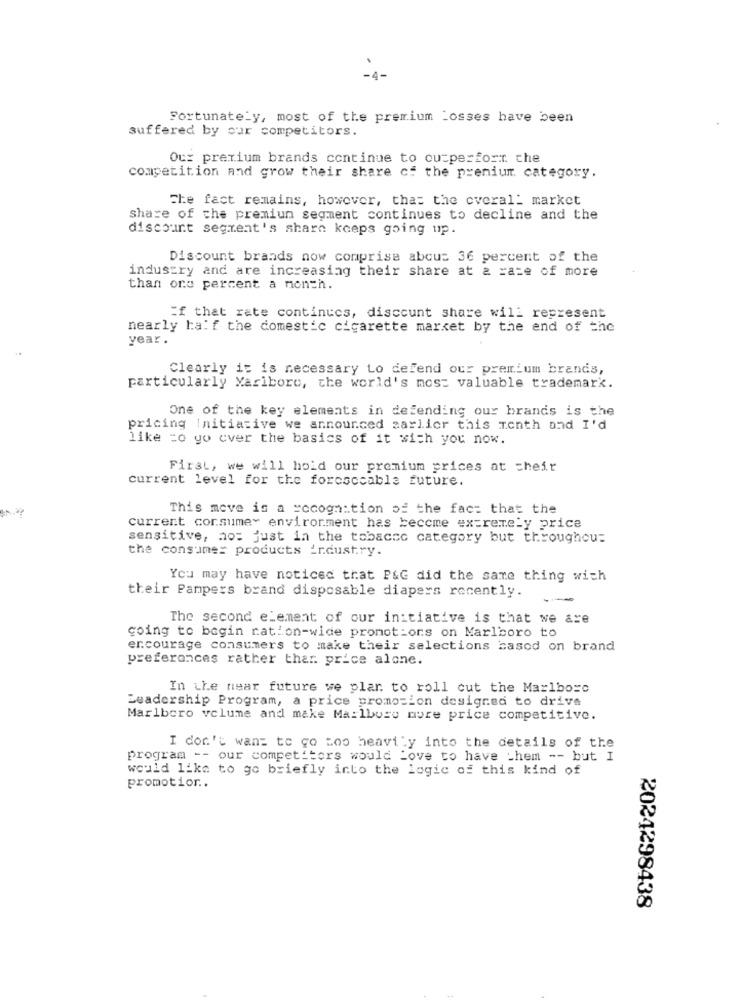
Fortunately, most of the premium Losses have been
suffered by our competitors.
Ou: premium brands continue to outperform che
competition and grow their share of the premium category.
The fact remains, however, that the cveral_ market
share of the premiun segment continues to decline and the
discount segment's share keeps going up.
Discount brands now comprise abous 36 percent of the
industry and are increasing their share at a rate of more
than ore percent a month.
If that rate continues, discount share will represent
nearly half the domestic cigarette market by the end of the
year.
Clearly it is necessary to defend our premium brands,
particularly Marlboro, the world's most valuable trademark.
One of the key elements in defending our brands is the
pricing Initiative we announced sarlier this month and I'd
like =o yo ever the basics of it with you now.
First, we will hold our premium prices at cheir
current level for the forcsccable future.
This move is a recognition of the fact that the
current consume environment has become extremely price
sensitive, no: just in the tobacco category but throughou:
the consumer products industry.
You may have noticed that P&G did the same thing with
their Pampers brand disposable diapers recently.
--
The second element of our initiative is that we are
going to begin ration-wide pronot:ons on Marlboro to
encourage consumers to make their selections based on brand
preferences rather thar price alone.
In the near future we plan to roll cut the Marlboro
Leadership Program, a price promotion designed to drive
Marlboro volume and make Mailbuce more price competitive.
I don't want to go too heavily into the details of the
program -- our competitors would Love to have them -- but I
would like to go briefly into the logic of this kind of
promotion ..
2024298438